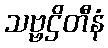
သဗ္ဗဌိတီနံ